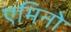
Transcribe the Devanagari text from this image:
एमिनो